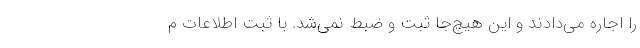
را اجاره می‌دادند و این هیچ‌جا ثبت و ضبط نمی‌شد. با ثبت اطلاعات م